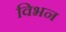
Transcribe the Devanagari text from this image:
विभन